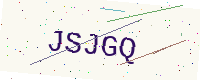
Text: JSJGQ